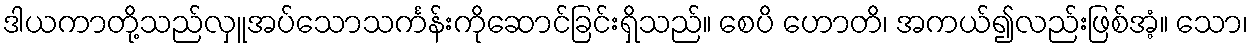
ဒါယကာတို့သည်လှူအပ်သောသင်္ကန်းကိုဆောင်ခြင်းရှိသည်။ စေပိ ဟောတိ၊ အကယ်၍လည်းဖြစ်အံ့။ သော၊